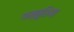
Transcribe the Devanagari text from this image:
गम्बूशिया